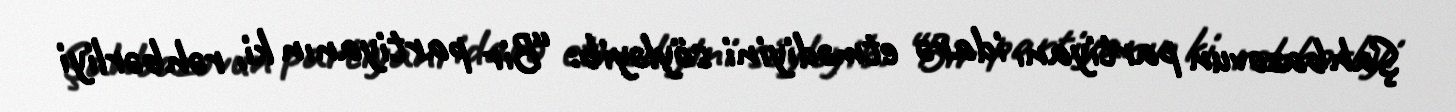
Şahbazovun partiyanı idarə etmədiyini söyləyib: “Bir partiyanın ki, rəhbərliyi